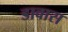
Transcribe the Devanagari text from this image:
डावास